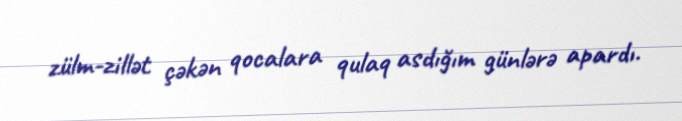
zülm-zillət çəkən qocalara qulaq asdığım günlərə apardı.